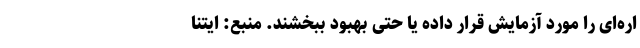
اره‌ای را مورد آزمایش قرار داده یا حتی بهبود ببخشند. منبع: ایتنا